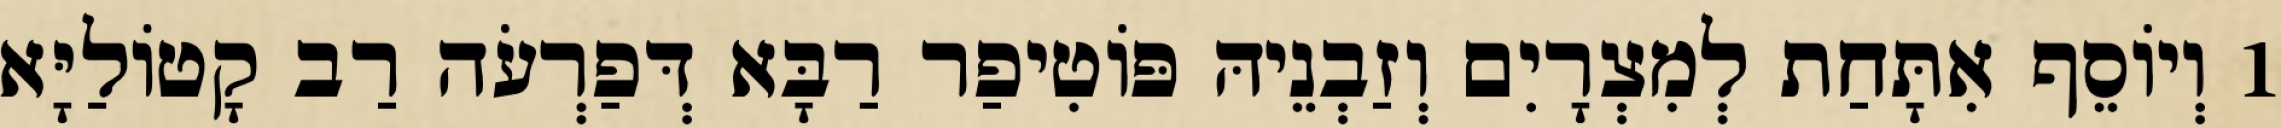
1 וְיוֹסֵף אִתָּחַת לְמִצְרָיִם וְזַבְנֵיהּ פּוֹטִיפַר רַבָּא דְּפַרְעֹה רַב קָטוֹלַיָּא